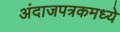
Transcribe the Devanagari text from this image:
अंदाजपत्रकमध्ये